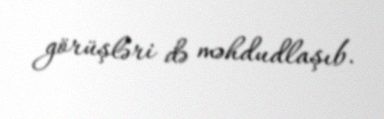
görüşləri də məhdudlaşıb.